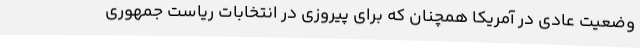
وضعیت عادی در آمریکا همچنان که برای پیروزی در انتخابات ریاست جمهوری